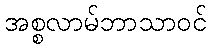
အစ္စလာမ်ဘာသာဝင်